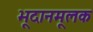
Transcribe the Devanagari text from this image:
भूदानमूलक